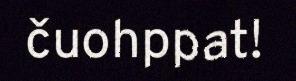
čuohppat!